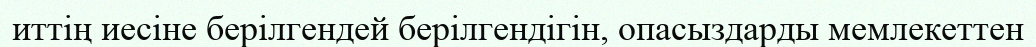
иттің иесіне берілгендей берілгендігін, опасыздарды мемлекеттен